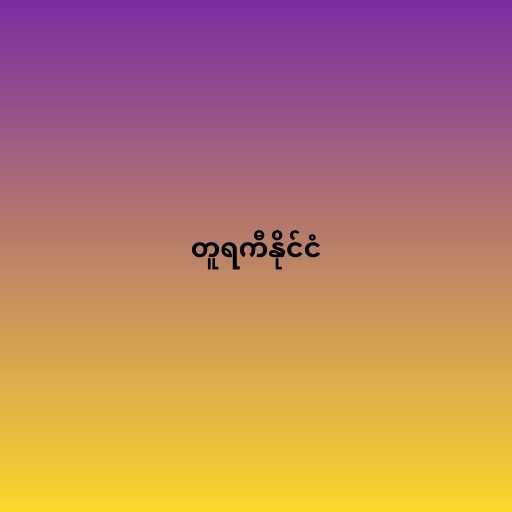
တူရကီနိုင်ငံ